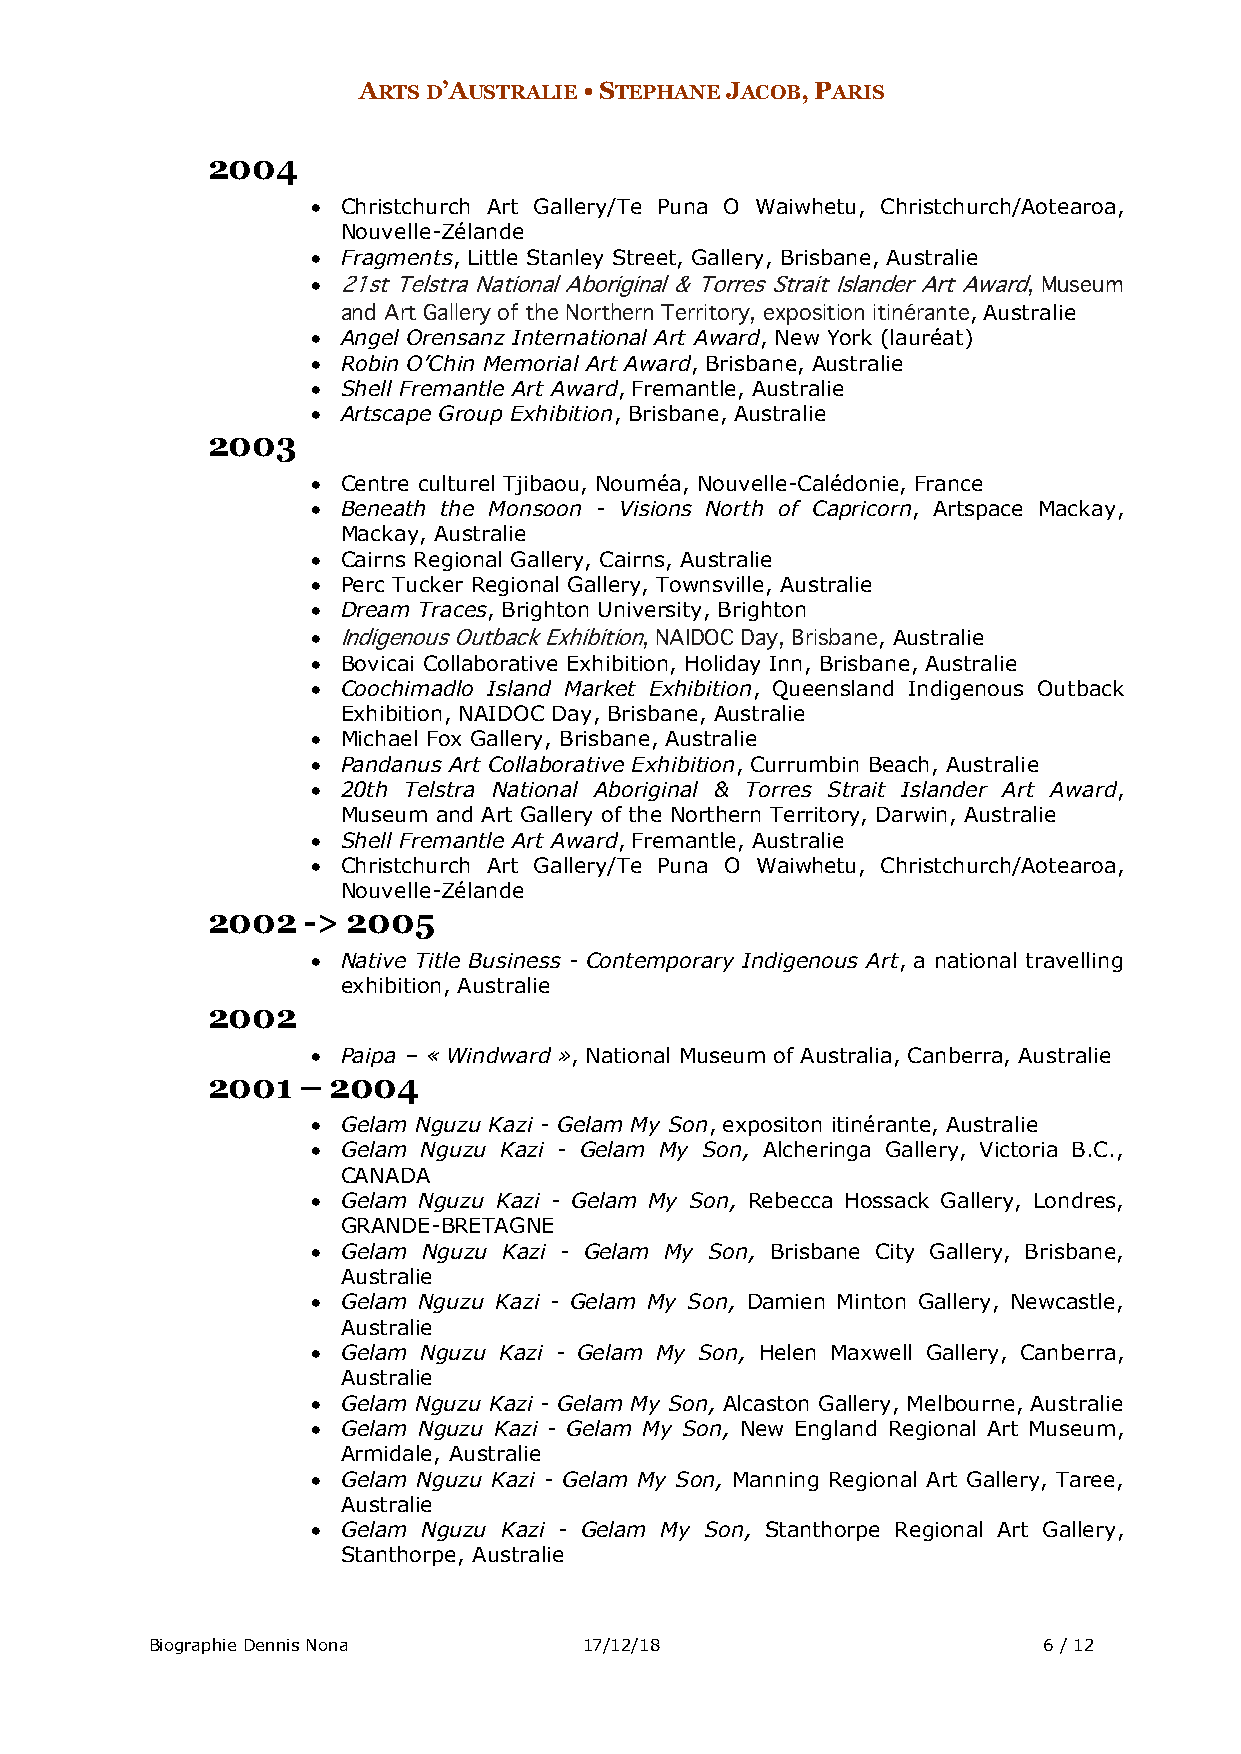
ARTS D’AUSTRALIE • STEPHANE JACOB, PARIS
 2004
 • Christchurch Art Gallery/Te Puna O Waiwhetu, Christchurch/Aotearoa,
 Nouvelle-Zélande
 • Fragments, Little Stanley Street, Gallery, Brisbane, Australie
 • 21st Telstra National Aboriginal & Torres Strait Islander Art Award, Museum
 and Art Gallery of the Northern Territory, exposition itinérante, Australie
 • Angel Orensanz International Art Award, New York (lauréat)
 • Robin O’Chin Memorial Art Award, Brisbane, Australie
 • Shell Fremantle Art Award, Fremantle, Australie
 • Artscape Group Exhibition, Brisbane, Australie
 2003
 • Centre culturel Tjibaou, Nouméa, Nouvelle-Calédonie, France
 • Beneath the Monsoon - Visions North of Capricorn, Artspace Mackay,
 Mackay, Australie
 • Cairns Regional Gallery, Cairns, Australie
 • Perc Tucker Regional Gallery, Townsville, Australie
 • Dream Traces, Brighton University, Brighton
 • Indigenous Outback Exhibition, NAIDOC Day, Brisbane, Australie
 • Bovicai Collaborative Exhibition, Holiday Inn, Brisbane, Australie
 • Coochimadlo Island Market Exhibition, Queensland Indigenous Outback
 Exhibition, NAIDOC Day, Brisbane, Australie
 • Michael Fox Gallery, Brisbane, Australie
 • Pandanus Art Collaborative Exhibition, Currumbin Beach, Australie
 • 20th Telstra National Aboriginal & Torres Strait Islander Art Award,
 Museum and Art Gallery of the Northern Territory, Darwin, Australie
 • Shell Fremantle Art Award, Fremantle, Australie
 • Christchurch Art Gallery/Te Puna O Waiwhetu, Christchurch/Aotearoa,
 Nouvelle-Zélande
 2002  -> 2005
 • Native Title Business - Contemporary Indigenous Art, a national travelling
 exhibition, Australie
 2002
 • Paipa – « Windward », National Museum of Australia, Canberra, Australie
 2001  – 2004
 • Gelam Nguzu Kazi - Gelam My Son, expositon itinérante, Australie
 • Gelam Nguzu Kazi - Gelam My Son, Alcheringa Gallery, Victoria B.C.,
 CANADA
 • Gelam Nguzu Kazi - Gelam My Son, Rebecca Hossack Gallery, Londres,
 GRANDE-BRETAGNE
 • Gelam Nguzu Kazi - Gelam My Son, Brisbane City Gallery, Brisbane,
 Australie
 • Gelam Nguzu Kazi - Gelam My Son, Damien Minton Gallery, Newcastle,
 Australie
 • Gelam Nguzu Kazi - Gelam My Son, Helen Maxwell Gallery, Canberra,
 Australie
 • Gelam Nguzu Kazi - Gelam My Son, Alcaston Gallery, Melbourne, Australie
 • Gelam Nguzu Kazi - Gelam My Son, New England Regional Art Museum,
 Armidale, Australie
 • Gelam Nguzu Kazi - Gelam My Son, Manning Regional Art Gallery, Taree,
 Australie
 • Gelam Nguzu Kazi - Gelam My Son, Stanthorpe Regional Art Gallery,
 Stanthorpe, Australie
 Biographie Dennis Nona       17/12/18                      6 / 12